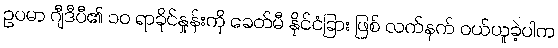
ဥပမာ ဂျီဒီပီ၏ ၁၀ ရာခိုင်နှုန်းကို ခေတ်မီ နိုင်ငံခြား ဖြစ် လက်နက် ဝယ်ယူခဲ့ပါက